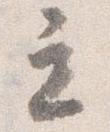
立